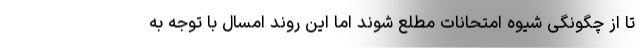
تا از چگونگی شیوه امتحانات مطلع شوند اما این روند امسال با توجه به